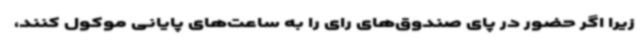
زیرا اگر حضور در پای صندوق‌های رای را به ساعت‌های پایانی موکول کنند،